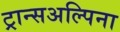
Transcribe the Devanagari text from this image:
ट्रान्सअल्पिना